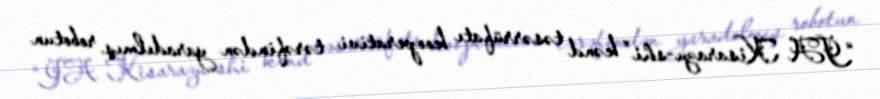
“JA Kisarazu-shi” kənd təsərrüfatı kooperativi tərəfindən yaradılmış robotun